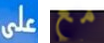
على مع